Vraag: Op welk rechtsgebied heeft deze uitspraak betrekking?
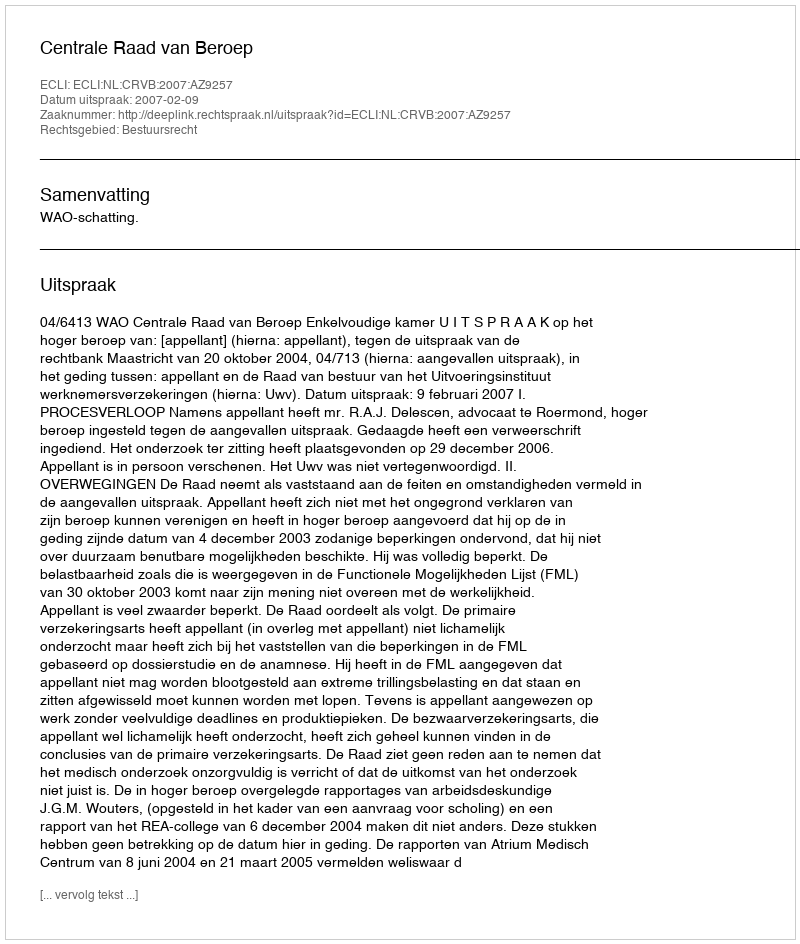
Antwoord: Bestuursrecht